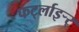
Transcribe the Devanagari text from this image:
फर्ट्लाइर्‍र्